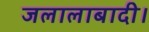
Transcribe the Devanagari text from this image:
जलालाबादी।